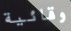
وقائية